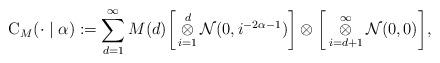
LaTeX: \begin{align*}\mathrm{C}_{M}(\cdot\mid \alpha):=\sum_{d=1}^{\infty}M(d)\bigg{[}\mathop{\otimes}_{i=1}^{d}\mathcal{N}(0,i^{-2\alpha-1})\bigg{]}\otimes\bigg{[}\mathop{\otimes}_{i=d+1}^{\infty}\mathcal{N}(0,0)\bigg{]},\end{align*}